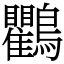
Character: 鸜